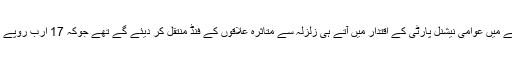
صوبے میں عوامی نیشنل پارٹی کے اقتدار میں آتے ہی زلزلہ سے متاثرہ علاقوں کے فنڈ منتقل کر دیئے گے تھے جوکہ 17 ارب روپے تھے۔